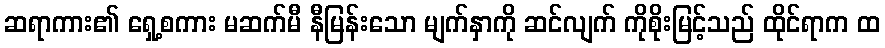
ဆရာကား၏ ရှေ့စကား မဆက်မီ နီမြန်းသော မျက်နှာကို ဆင်လျက် ကိုစိုးမြင့်သည် ထိုင်ရာက ထ